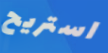
استريح